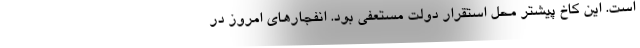
است. این کاخ پیشتر محل استقرار دولت مستعفی بود. انفجارهای امروز در